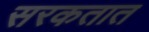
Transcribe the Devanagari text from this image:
सरकतात